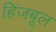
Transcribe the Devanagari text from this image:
हिजबूल